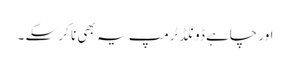
اور چاہے ڈونلڈ ٹرمپ یہ بھی نا کر سکے ۔